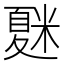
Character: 𥻴